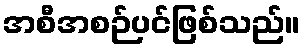
အစီအစဉ်ပင်ဖြစ်သည်။